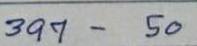
397 - 50